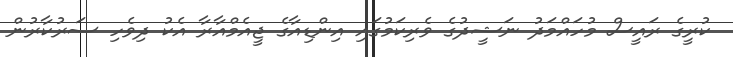
ކުރީގެ ރައީސް މުހައްމަދު ނަޝީދުގެ ވެރިކަމުގައި އިންޑިއާގެ ޖީއެމްއާރާ އެކު ދިވެހި ސަރުކާރުން